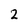
Character: 2